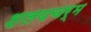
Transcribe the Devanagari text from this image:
शलयचर्म